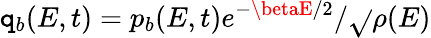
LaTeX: \mathtt{q}_{b}(E,t)=p_{b}(E,t)e^{-\betaE/2}/\sqrt{}{{\rho(E)}}